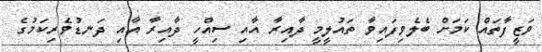
ވަޒީފާތައް ކަމަށް ބެލެވިފައިވާ ތައުލީމީ ދާއިރާ އާއި ސިއްހީ ދާއިރާ އާއި ދަނޑުވެރިކަމުގެ